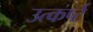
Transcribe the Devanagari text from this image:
उत्कर्ष्ट